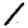
Digit: 1